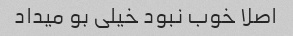
اصلا خوب نبود خیلی بو میداد